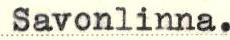
Savonlinna.